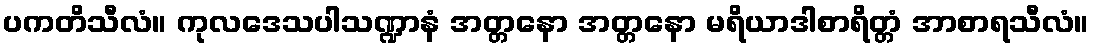
ပကတိသီလံ။ ကုလဒေသပါသဏ္ဍာနံ အတ္တနော အတ္တနော မရိယာဒါစာရိတ္တံ အာစာရသီလံ။